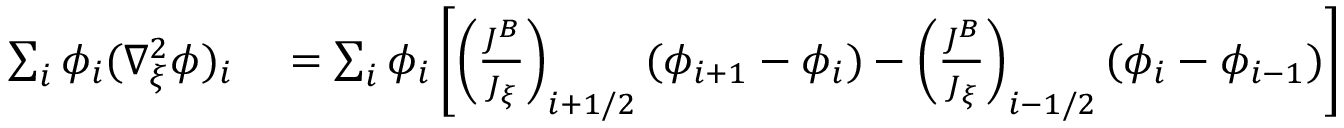
\begin{array} { r l } { \sum _ { i } \phi _ { i } ( \nabla _ { \xi } ^ { 2 } \phi ) _ { i } } & { { } = \sum _ { i } \phi _ { i } \left[ \left( \frac { J ^ { B } } { J _ { \xi } } \right) _ { i + 1 / 2 } ( \phi _ { i + 1 } - \phi _ { i } ) - \left( \frac { J ^ { B } } { J _ { \xi } } \right) _ { i - 1 / 2 } ( \phi _ { i } - \phi _ { i - 1 } ) \right] } \end{array}